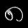
Digit: ၈